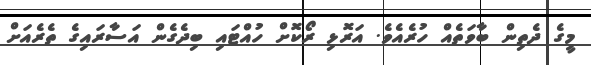
މީގެ ދެތިން ބާވަތެއް ހުރެއެވެ. އަރޮޅި ރޯކޮށް ހުއްޓައި ބިދެގެން އަސާރައިގެ ތެރެއަށް